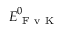
\boldsymbol { { E } } _ { \mathrm { ~ F ~ v ~ K ~ } } ^ { 0 }